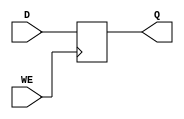
module d_latch(
    input D,
    input WE,
    output reg Q
);

always @(posedge WE) begin
    Q <= D;
end

endmodule